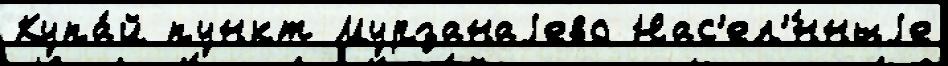
Купа́й пункт Мурзанаjево Нас'ел'́нныjе